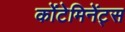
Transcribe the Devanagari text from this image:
कोंटेमिनेंट्स